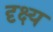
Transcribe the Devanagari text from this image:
दृक्ष्य